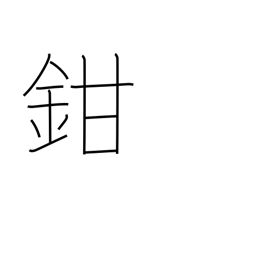
Meaning: shut up